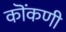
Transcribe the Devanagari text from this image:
कॊंकणी